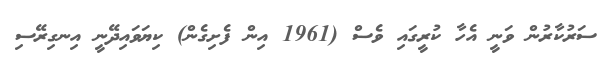
ސަރުކާރުން ވަނީ އެހާ ކުރީގައި ވެސް (1961 އިން ފެށިގެން) ކިޔަވައިދޭނީ އިނގިރޭސި